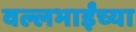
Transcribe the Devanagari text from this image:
वल्लभाईंच्या